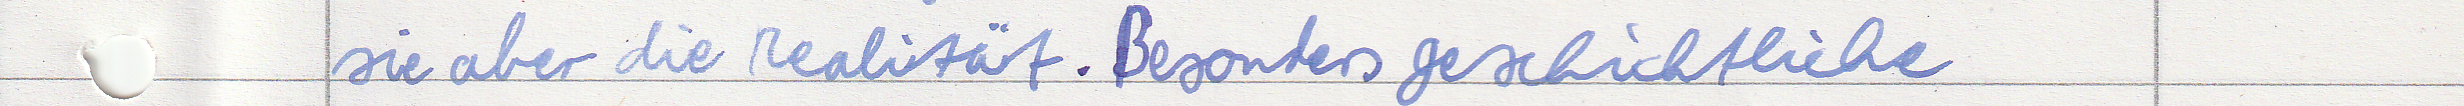
sie aber die Realität. Besonders geschichtliche